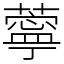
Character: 薴